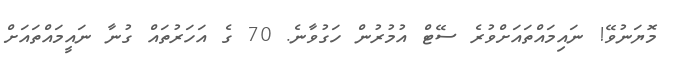
މޮޔަނުވޭ! ނައިމައްތައަށްވުރެ ސޭޓް އުމުރުން ހަގުވާނެ. 70 ގެ އަހަރުތައް ގުނާ ނައީމައްތައަށް